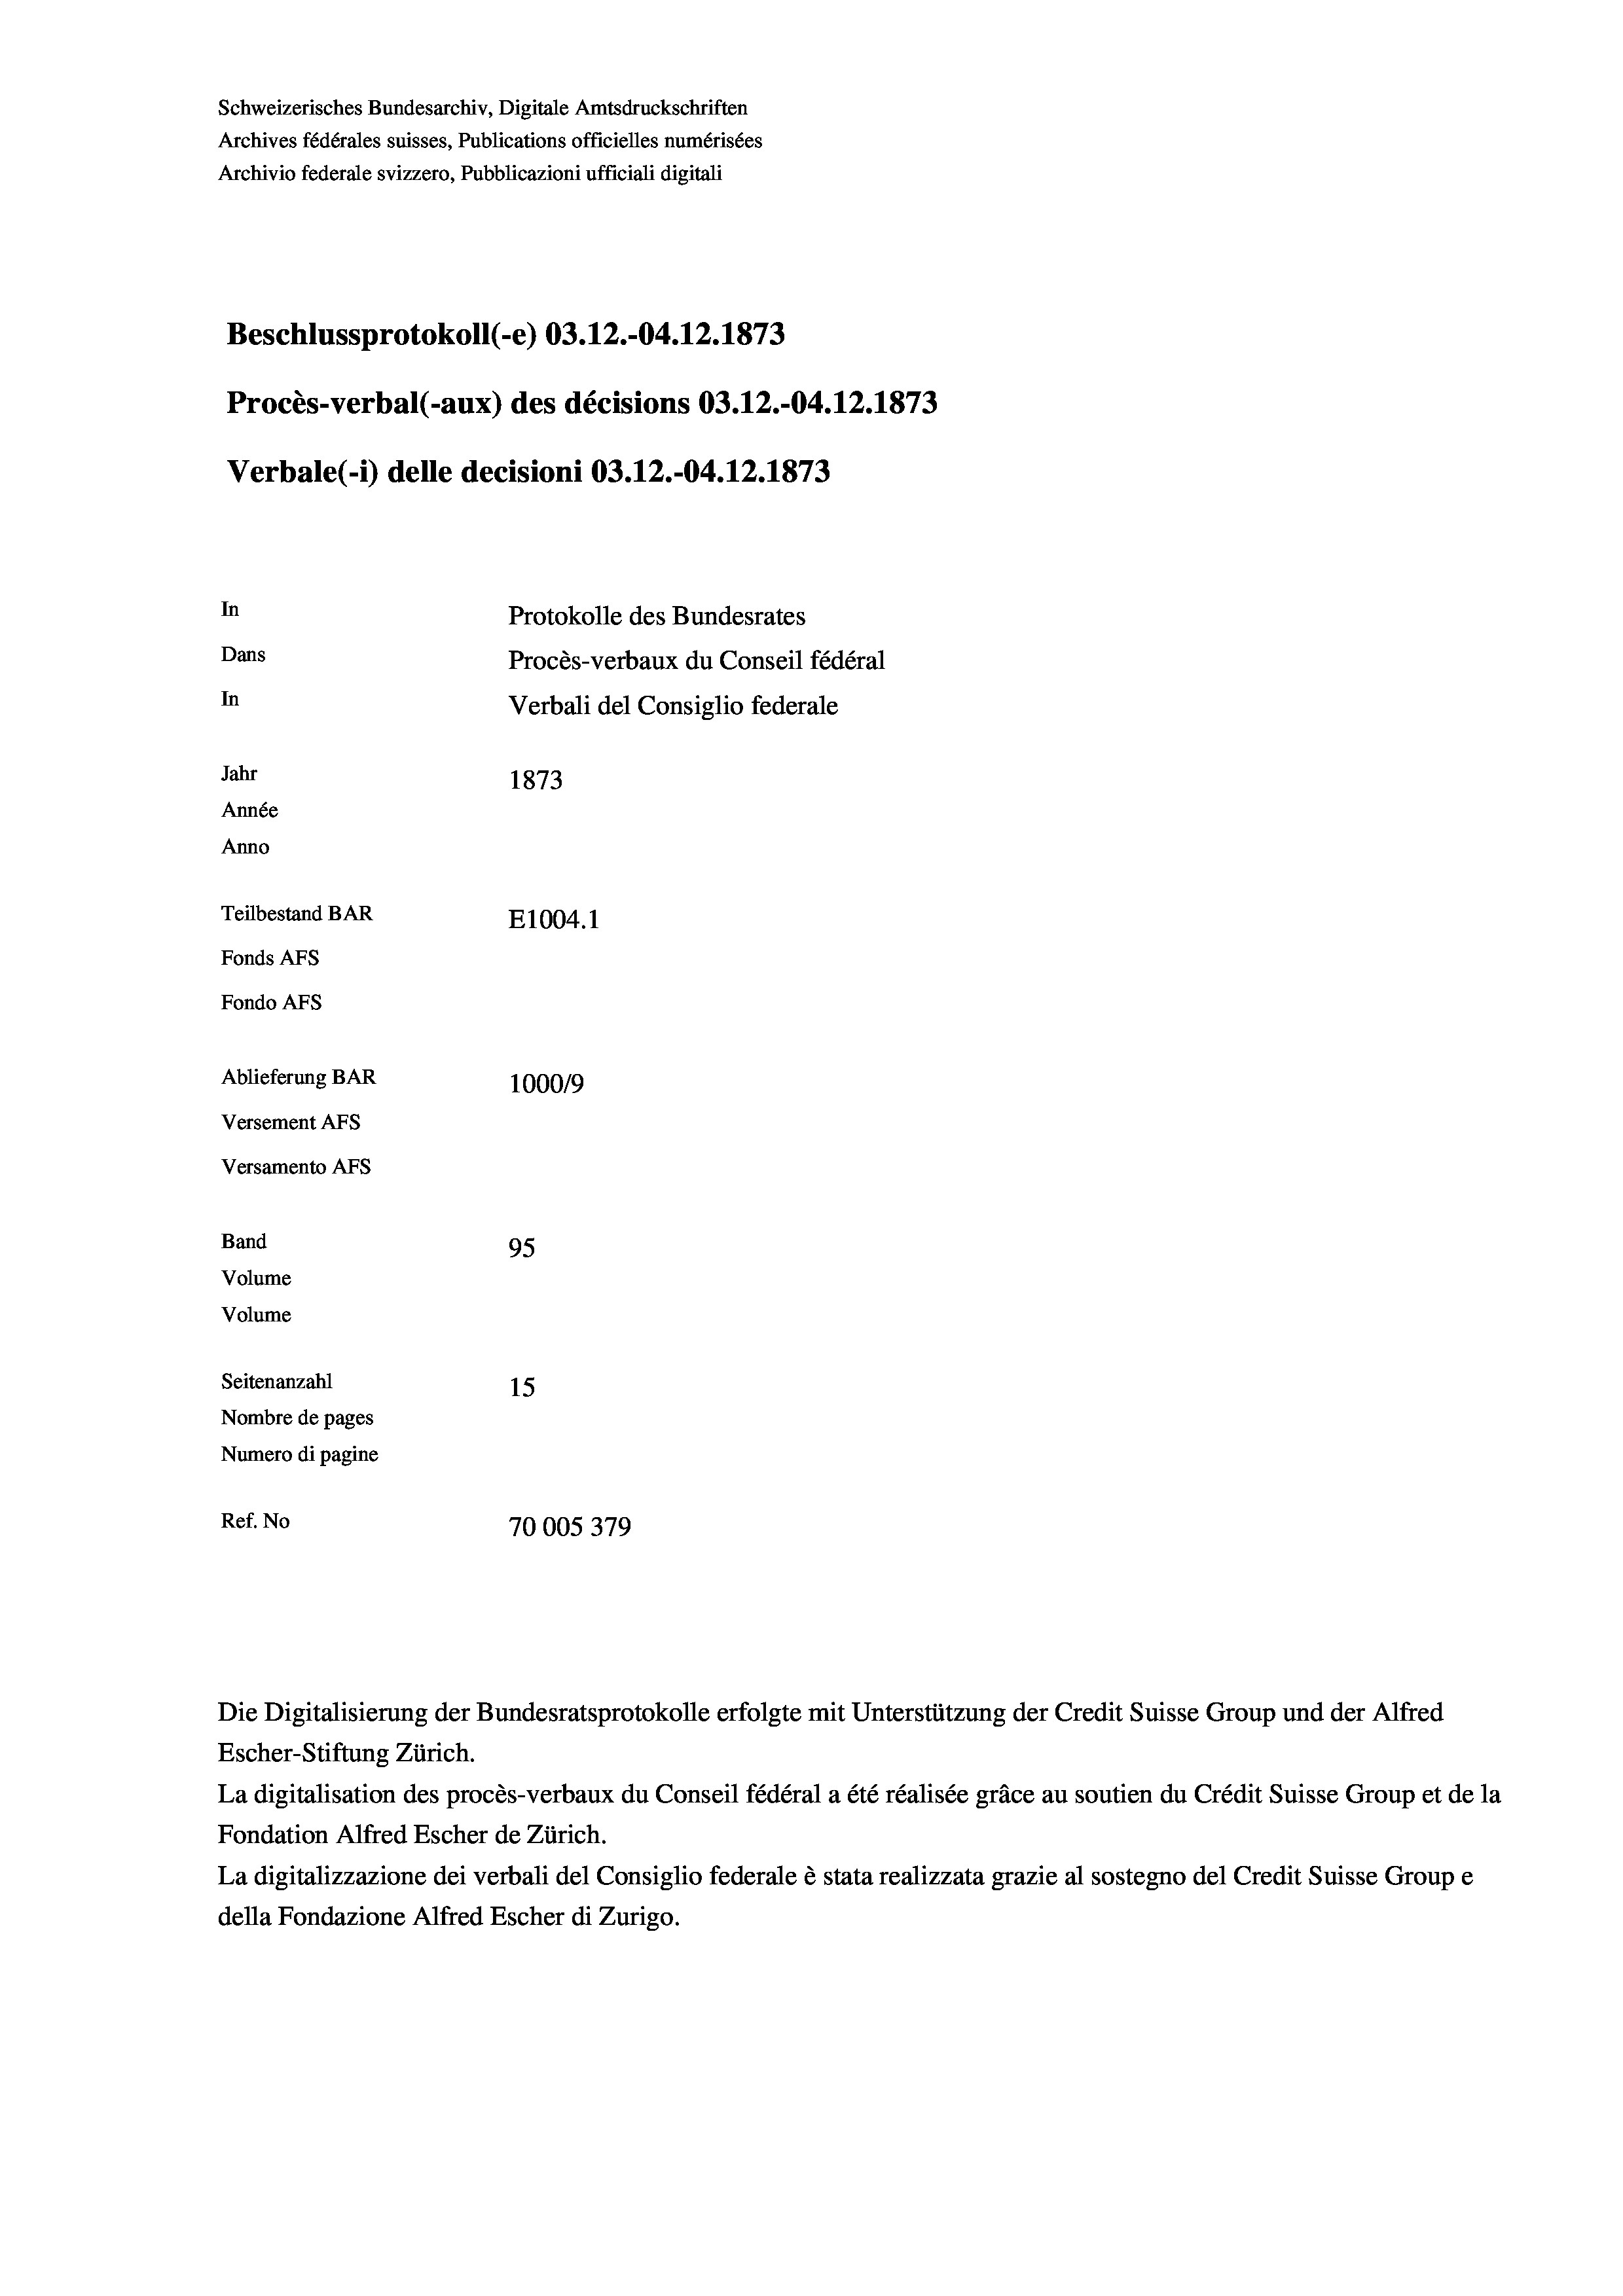
Schweizerisches Bundesarchiv, Digitale Amtsdruckschriften
Archives fédérales suisses, Publications officielles numérisées
Archivio federale svizzero, Pubblicazioni ufficiali digitali
Beschlussprotokoll (-e) 03.12.-04. 12. 1873
Procès-verbal (-aux) des décisions 03.12.-04. 12. 1873
Verbale (1) delle decisioni 03.12.-04. 12. 1873
In
Protokolle des Bundesrates
Dans
Procès-verbaux du Conseil fédéral
In
Verbali del Consiglio federale
Jahr
1873
Année
Anno
Teilbestand BAR
E1004. 1
Fonds AFs
Fondo AFS
Ablieferung BAR
100019
Versement AFs
Versamento AFs

95
15
Ref. No
70005379

Volume
Seitenanzahl
Nombre de pages
Numero di pagine

Band
Volume

Escher-Stiftung Zürich.
La digitalisation des procès-verbaux du Conseil fédéral a été réalisée gräce au soutien du Crédit Suisse Group et de la
Fondation Alfred Escher de Zürich.
La digitalizzazione dei verbali del Consiglio federale è stata realizzata grazie al sostegno del Credit Suisse Groupe
della Fondazione Alfred Escher di Zurigo.

Die Digitalisierung der Bundesratsprotokolle erfolgte mit Unterstützung der Credit Suisse Group und der Alfred